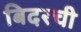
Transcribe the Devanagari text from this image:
बिदरची